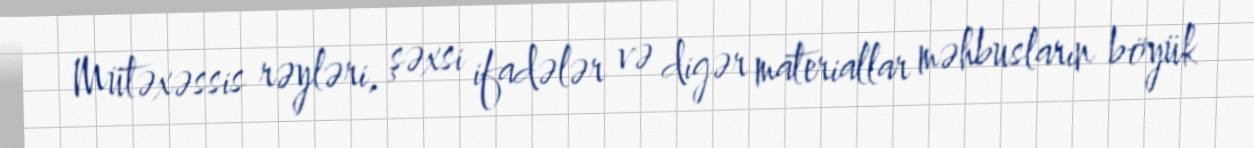
Mütəxəssis rəyləri, şəxsi ifadələr və digər materiallar məhbusların böyük